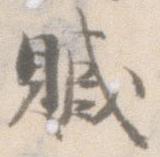
贓